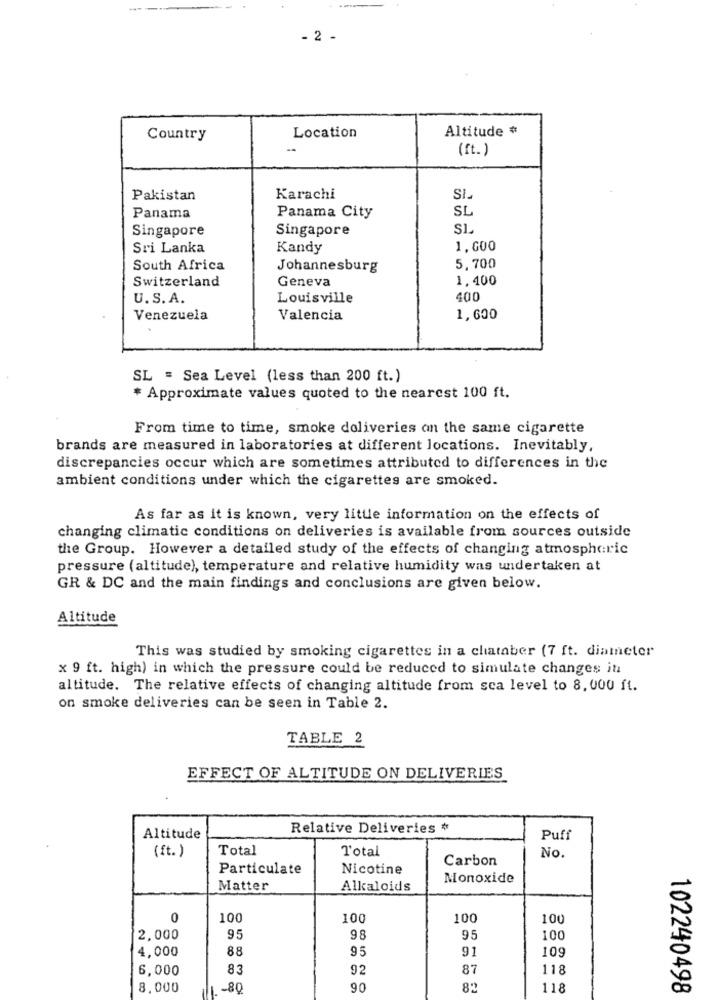
- 2 .
Altitude #
Country
Location
(ft.)
Pakistan
Karachi
SL
Panama
Panama City
Singapore
Singapore
SL
Sri Lanka
Kandy
1,600
South Africa
Johannesburg
5,700
Switzerland
Geneva
1.400
U.S. A.
Louisville
400
Venezuela
Valencia
1,600
SL = Sea Level (less than 200 ft.)
* Approximate values quoted to the nearest 100 ft.
From time to time, smoke deliveries on the same cigarette
brands are measured in laboratories at different locations. Inevitably,
discrepancies occur which are sometimes attributed to differences in the
ambient conditions under which the cigarettes are smoked.
As far as it is known, very little information on the effects of
changing climatic conditions on deliveries is available from sources outside
the Group. However a detailed study of the effects of changing atmospheric
pressure (altitude), temperature and relative humidity was undertaken at
GR & DC and the main findings and conclusions are given below.
Altitude
This was studied by smoking cigarettes in a chataber (7 ft. diameter
x 9 ft. high) in which the pressure could be reduced to simulate changes it
altitude. The relative effects of changing altitude from sca level to 8, 000 ft.
on smoke deliveries can be seen in Table 2.
TABLE 2
EFFECT OF ALTITUDE ON DELIVERIES
Relative Deliveries #
Altitude
Puff
Total
Total
(ft.)
Carbon
No.
Particulate
Nicotine
Monoxide
Matter
Alkaloids
0
100
100
100
100
2,000
95
98
95
100
4,000
88
95
91
109
6,000
83
92
87
118
8.000
1. - 80
90
8%
118
102240498